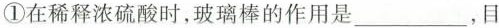
①在稀释浓硫酸时，玻璃棒的作用是___，目